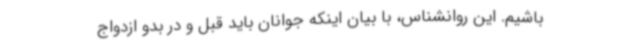
باشیم. این روانشناس، با بیان اینکه جوانان باید قبل و در بدو ازدواج